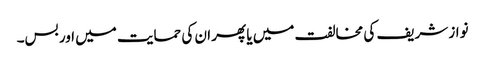
نواز شریف کی مخالفت میں یا پھر ان کی حمایت میں اور بس۔